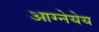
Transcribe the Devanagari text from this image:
आग्नेयेय